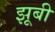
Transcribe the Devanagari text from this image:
झूबी